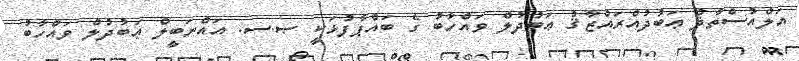
އަލްއުސްތާޛު ޢަބުދުއްރައްޒާޤު ޢަބުދުލް ވައްހާބު ގެ ބައްޕާފުޅަކީ ޞ.ސ. އައްނަބީލް ޢަބުދުލް ވައްހާބު